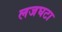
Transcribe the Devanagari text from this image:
लजघटा